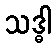
သဒ္ဓါ